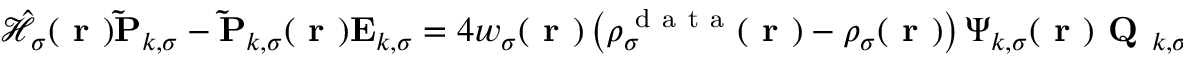
\begin{array} { r } { \hat { \mathcal { { H } } } _ { \sigma } ( \boldsymbol { \textbf { r } } ) \mathbf { \widetilde { P } } _ { k , \sigma } - \mathbf { \widetilde { P } } _ { k , \sigma } ( \boldsymbol { \textbf { r } } ) \mathbf { E } _ { k , \sigma } = 4 w _ { \sigma } ( \boldsymbol { \textbf { r } } ) \left( \rho _ { \sigma } ^ { \mathrm { ~ d ~ a ~ t ~ a ~ } } ( \boldsymbol { \textbf { r } } ) - \rho _ { \sigma } ( \boldsymbol { \textbf { r } } ) \right) \boldsymbol { \Psi } _ { k , \sigma } ( \boldsymbol { \textbf { r } } ) \textbf { Q } _ { k , \sigma } f ( \mathbf { E } _ { k , \sigma } ) - \boldsymbol { \Psi } _ { k , \sigma } ( \boldsymbol { \textbf { r } } ) \textbf { Q } _ { k , \sigma } \left( \mathbf { \widetilde { D } } _ { k , \sigma } + \mathbf { \widetilde { D } } _ { k , \sigma } ^ { \mathrm { ~ T ~ } } \right) \, , } \end{array}